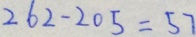
2 6 2 - 2 0 5 = 5 7